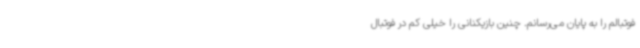
فوتبالم را به پایان می‌رسانم. چنین بازیکنانی را خیلی کم در فوتبال